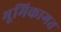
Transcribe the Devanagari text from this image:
भूमिकागत